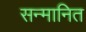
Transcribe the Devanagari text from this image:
सन्‍मानित